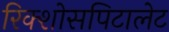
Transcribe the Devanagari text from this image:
रिक्शोसपिटालेट